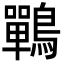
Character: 鷤